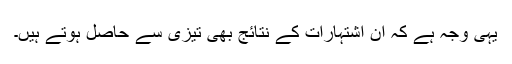
یہی وجہ ہے کہ ان اشتہارات کے نتائج بھی تیزی سے حاصل ہوتے ہیں۔